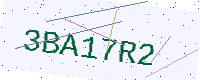
Text: 3BA17R2